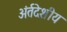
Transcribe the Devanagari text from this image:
अंर्तदेशीय